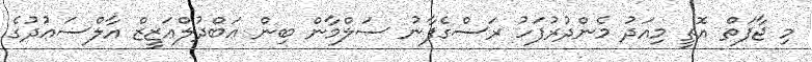
މި ޖާފަތް އޮތީ މިއަދު މެންދުރުފަހު ރަސްގެފާނު ސަލްމާން ބިން ޢަބްދުލްޢަޒީޒް އާލްސަޢުދުގެ